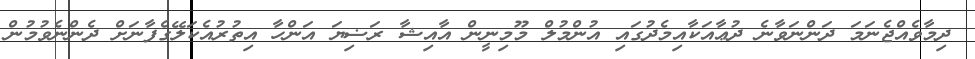
ދިމާވެއްޖެނަމަ ދަންނަވާނެ ދުޢާއަކާއިމެދުގައި އުންމުލް މޫމިނީން އާއިޝާ ރަޟިޔަ އަންހާ އިތުރުއެކަލޭގެފާނަށް ދެންނެވުމުން